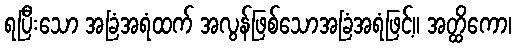
ရပြီးသော အခြံအရံထက် အလွန်ဖြစ်သောအခြံအရံဖြင့်။ အတ္ထိကော၊